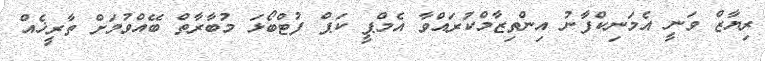
ރިޔާޒް ވަނީ އެމަނިކްފާނު އިންތިޒާމްކުރައްވާ އެމްޕީ ކަޕް ފުޓްބޯޅަ މުބާރާތް ބޭއްވުމަށް ތާރީޚެއް